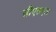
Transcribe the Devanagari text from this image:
सीएसएल